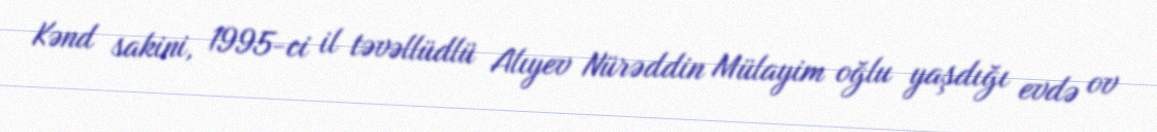
Kənd sakini, 1995-ci il təvəllüdlü Alıyev Nürəddin Mülayim oğlu yaşdığı evdə ov